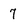
Character: 7